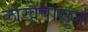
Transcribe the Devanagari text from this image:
लाखेपासून